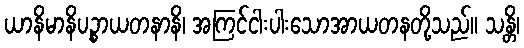
ယာနိမာနိပဉ္စာယတနာနိ၊ အကြင်ငါးပါးသောအာယတနတို့သည်။ သန္တိ၊